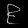
Digit: ၉